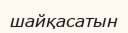
шайқасатын